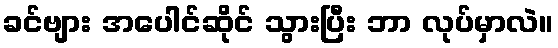
ခင်ဗျား အပေါင်ဆိုင် သွားပြီး ဘာ လုပ်မှာလဲ။